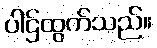
ပါဌ်ထွက်သည်။